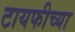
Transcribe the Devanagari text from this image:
टायफीच्या